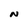
Character: N